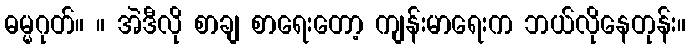
ဓမ္မဂုတ်။ ။ အဲဒီလို စာချ စာရေးတော့ ကျန်းမာရေးက ဘယ်လိုနေတုန်း။